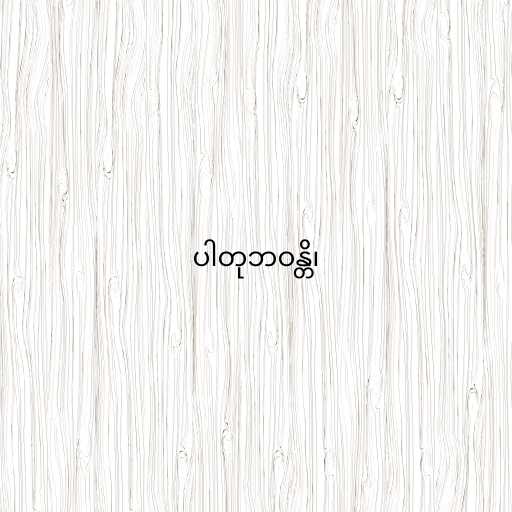
ပါတုဘဝန္တိ၊